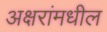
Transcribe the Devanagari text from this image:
अक्षरांमधील